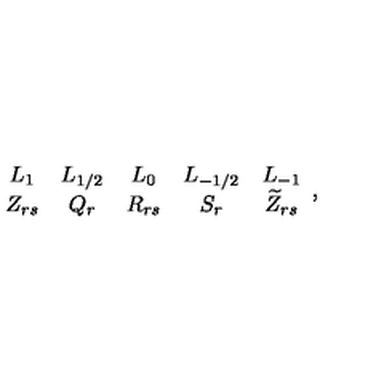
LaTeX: \begin{array} { c c c c c } { L _ { 1 } } & { L _ { 1 / 2 } } & { L _ { 0 } } & { L _ { - 1 / 2 } } & { L _ { - 1 } } \\ { Z _ { r s } } & { Q _ { r } } & { R _ { r s } } & { S _ { r } } & { \widetilde { Z } _ { r s } } \\ \end{array} ,